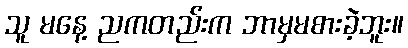
သူ မနေ့ ညကတည်းက ဘာမှမစားခဲ့ဘူး။